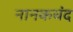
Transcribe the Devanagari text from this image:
नानकचंद